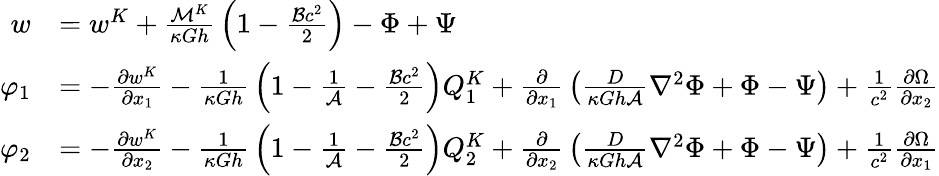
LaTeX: {\begin{array}{rl}{w}&{=w^{K}+{\frac{{\mathcal{M}}^{K}}{\kappa Gh}}\left(1-{\frac{{\mathcal{B}}c^{2}}{2}}\right)-\Phi+\Psi}\\ {\varphi_{1}}&{=-{\frac{\partial w^{K}}{\partial x_{1}}}-{\frac{1}{\kappa Gh}}\left(1-{\frac{1}{\mathcal{A}}}-{\frac{{\mathcal{B}}c^{2}}{2}}\right)Q_{1}^{K}+{\frac{\partial}{\partial x_{1}}}\left({\frac{D}{\kappa Gh{\mathcal{A}}}}\nabla^{2}\Phi+\Phi-\Psi\right)+{\frac{1}{c^{2}}}{\frac{\partial\Omega}{\partial x_{2}}}}\\ {\varphi_{2}}&{=-{\frac{\partial w^{K}}{\partial x_{2}}}-{\frac{1}{\kappa Gh}}\left(1-{\frac{1}{\mathcal{A}}}-{\frac{{\mathcal{B}}c^{2}}{2}}\right)Q_{2}^{K}+{\frac{\partial}{\partial x_{2}}}\left({\frac{D}{\kappa Gh{\mathcal{A}}}}\nabla^{2}\Phi+\Phi-\Psi\right)+{\frac{1}{c^{2}}}{\frac{\partial\Omega}{\partial x_{1}}}}\end{array}}